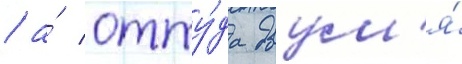
/ а́ отту́да двум'я́